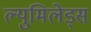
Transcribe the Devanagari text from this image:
ल्युमिलेड्स